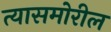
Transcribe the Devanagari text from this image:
त्यासमोरील